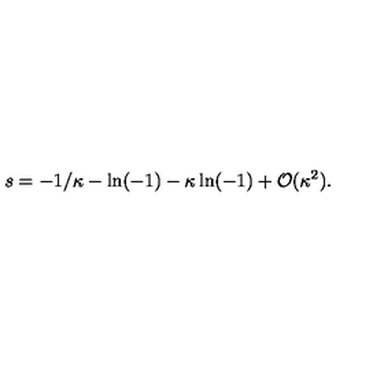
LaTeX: s = - 1 / \kappa - \ln ( - 1 ) - \kappa \ln ( - 1 ) + { \cal O } ( \kappa ^ { 2 } ) .